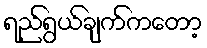
ရည်ရွယ်ချက်ကတော့